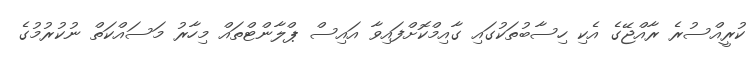
ކުރީއްސުރެ ރާއްޖޭގެ އެކި ހިސާބުތަކުގައި ގާއިމްކޮށްފައިވާ އައިސް ޕްލާންޓްތައް މިހާރު މަސައްކަތް ނުކުރުމުގެ